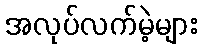
အလုပ်လက်မဲ့များ